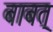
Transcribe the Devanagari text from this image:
बाबत्